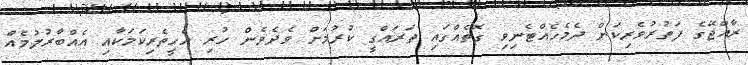
ރާއްޖޭގެ ފަތުރުވެރިކަން ދެމެހެއްޓެނިވި ގޮތެއްގައި ތަރައްގީ ކުރުމަށް ވެދެވެން ހުރި އެހީތެރިކަމަކާއި އެއްބާރުލުމެއް